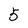
Character: 5